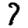
Digit: 7